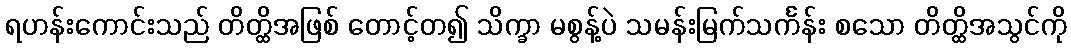
ရဟန်းကောင်းသည် တိတ္ထိအဖြစ် တောင့်တ၍ သိက္ခာ မစွန့်ပဲ သမန်းမြက်သင်္ကန်း စသော တိတ္ထိအသွင်ကို